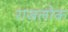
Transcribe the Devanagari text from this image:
राजलोक